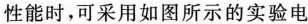
性能时，可采用如图所示的实验电